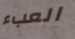
العبء